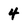
Character: 4